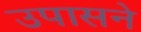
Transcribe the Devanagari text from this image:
उपासने